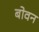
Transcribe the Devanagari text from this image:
बोवन